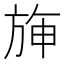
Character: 𣃵